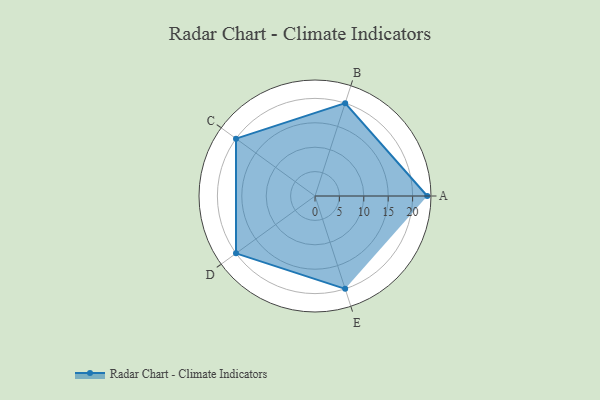
{"axis": {"x": "Skill", "y": "Score"}, "legend": ["Profile"], "data": [{"x": "A", "y": 23.0, "type": "Profile"}, {"x": "B", "y": 20, "type": "Profile"}, {"x": "C", "y": 20, "type": "Profile"}, {"x": "D", "y": 20, "type": "Profile"}, {"x": "E", "y": 20, "type": "Profile"}]}